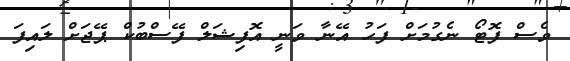
ވެސް ފޮޓޯ ނެގުމަށް ފަހު އޭނާ ވަނީ އޮފިޝަލް ފޭސްބުކް ޕޭޖަށް ލައިފަ